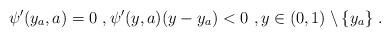
LaTeX: \begin{align*}\psi'(y_a,a)=0\ , \psi'(y,a) (y-y_a)<0\ , y\in (0,1)\setminus\{y_a\}\ . \end{align*}